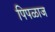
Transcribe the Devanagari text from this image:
पिपळाज